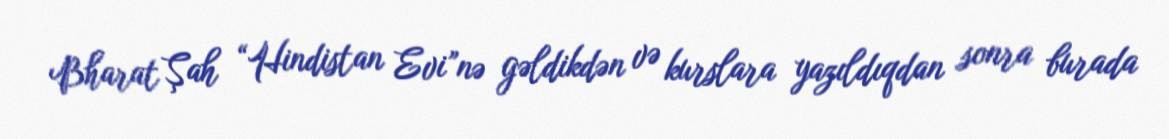
Bharat Şah “Hindistan Evi”nə gəldikdən və kurslara yazıldıqdan sonra burada